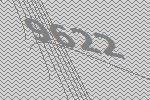
9622